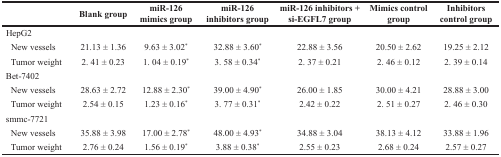
<table><thead><tr><td></td><td><b>Blank group</b></td><td><b>miR-126 mimics group</b></td><td><b>miR-126 inhibitors group</b></td><td><b>miR-126 inhibitors + si-EGFL7 group</b></td><td><b>Mimics control group</b></td><td><b>Inhibitors control group</b></td></tr></thead><tbody><tr><td>HepG2</td><td></td><td></td><td></td><td></td><td></td><td></td></tr><tr><td> New vessels</td><td>21.13 ± 1.36</td><td>9.63 ± 3.02*</td><td>32.88 ± 3.60*</td><td>22.88 ± 3.56</td><td>20.50 ± 2.62</td><td>19.25 ± 2.12</td></tr><tr><td> Tumor weight</td><td>2. 41 ± 0.23</td><td>1. 04 ± 0.19*</td><td>3. 58 ± 0.34*</td><td>2. 37 ± 0.21</td><td>2. 46 ± 0.12</td><td>2. 39 ± 0.14</td></tr><tr><td>Bet-7402</td><td></td><td></td><td></td><td></td><td></td><td></td></tr><tr><td> New vessels</td><td>28.63 ± 2.72</td><td>12.88 ± 2.30*</td><td>39.00 ± 4.90*</td><td>26.00 ± 1.85</td><td>30.00 ± 4.21</td><td>28.88 ± 3.00</td></tr><tr><td> Tumor weight</td><td>2.54 ± 0.15</td><td>1.23 ± 0.16*</td><td>3. 77 ± 0.31*</td><td>2.42 ± 0.22</td><td>2. 51 ± 0.27</td><td>2. 46 ± 0.30</td></tr><tr><td>smmc-7721</td><td></td><td></td><td></td><td></td><td></td><td></td></tr><tr><td> New vessels</td><td>35.88 ± 3.98</td><td>17.00 ± 2.78*</td><td>48.00 ± 4.93*</td><td>34.88 ± 3.04</td><td>38.13 ± 4.12</td><td>33.88 ± 1.96</td></tr><tr><td> Tumor weight</td><td>2.76 ± 0.24</td><td>1.56 ± 0.19*</td><td>3.88 ± 0.38*</td><td>2.55 ± 0.23</td><td>2.68 ± 0.24</td><td>2.57 ± 0.27</td></tr></tbody></table>